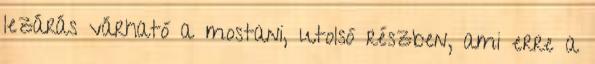
lezárás várható a mostani, utolsó részben, ami erre a